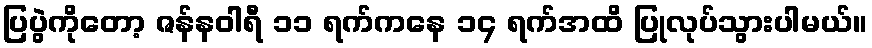
ပြပွဲကိုတော့ ဇန်နဝါရီ ၁၁ ရက်ကနေ ၁၄ ရက်အထိ ပြုလုပ်သွားပါမယ်။